system: You are a helpful assistant.
user:
Analyze the provided spectrum to determine if it is a **S-type Star**.

- **Key Indicators for S-type Star:**

    - **(Overall Spectrum Shape):** The first and most obvious characteristic is the overall continuum (the "baseline" shape). It is **extremely "red-sloping,"** meaning the flux (light intensity) is very low on the left side (blue, ~4000-4500 Å) and rises steeply and continuously toward the right side (red, ~7000 Å+).

    - **(Primary):** The spectrum is defined by the presence of strong, broad molecular absorption "valleys" (bands) from **Zirconium Oxide (ZrO)**. The identification of these bands is the **primary requirement** for classifying a star as S-type.
        - **(Key Bandheads):** You must find distinct, deep "dips" where the light has been absorbed. The most critical band systems to locate are:
            - **~6474 Å** ($\gamma$-system): This is often the strongest and clearest ZrO feature, found in the red part of the spectrum.
            - **~5718 Å** & **~5551 Å** ($\beta$-system): A pair of prominent absorption features in the yellow-orange part of the spectrum.
            - **~4640 Å** ($\alpha$-system): A key absorption band system in the blue-green region of the spectrum.

    - **(Secondary Confirmation):** The classification is strengthened by finding additional absorption bands from other related heavy element oxides, which are expected to be present alongside ZrO.
        - **(Key Bandheads):**
            - **Yttrium Oxide (YO):** Look for absorption dips near **~4800 Å** and **~6100 Å**.
            - **Lanthanum Oxide (LaO):** Additional absorption features, particularly in the red-orange part of the spectrum, are also characteristic.

    - **(Line Profile):** The combination of the steep red continuum and these numerous, deep molecular bands (ZrO, YO, etc.) gives the entire spectrum a very **"chopped-up"** or **"bumpy"** appearance. Instead of a smooth curve, the spectrum looks as though large, wide chunks of light have been "carved out" of it at the specific wavelengths listed above.

Think first, call **spectral_visualization_tool** if needed to examine features in detail, then provide your final answer. Your response must adhere to the following strict rules:
1.  **Overall Structure:** Your response must follow the format `<think>...</think> <tool_call>...</tool_call> (if a tool is used) <answer>...</answer>`.
2.  **Tool Usage Constraint:** You may only make **one** tool call per turn.
3.  **Final Answer Format:** In the `<answer>` tag, your conclusion must be inside a `\boxed{}` command (e.g., `\boxed{YES}` or `\boxed{NO}`), followed by your justification.

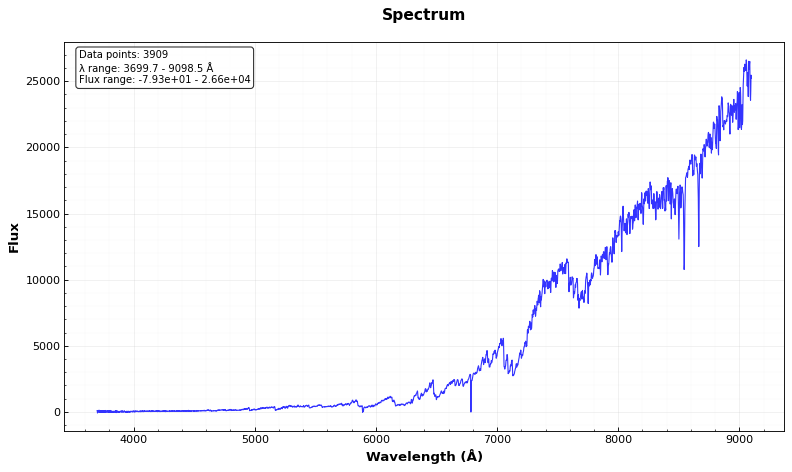
Answer: YES